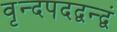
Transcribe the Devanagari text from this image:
वृन्दपदद्वन्द्वं